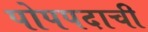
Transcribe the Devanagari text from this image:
पोपपदाची